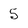
Character: 5